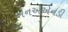
એનએએનડી